Account of plague administration in the Bombay Presidency from September 1896 till May 1897
Year: 1896
Disease focus: Plague
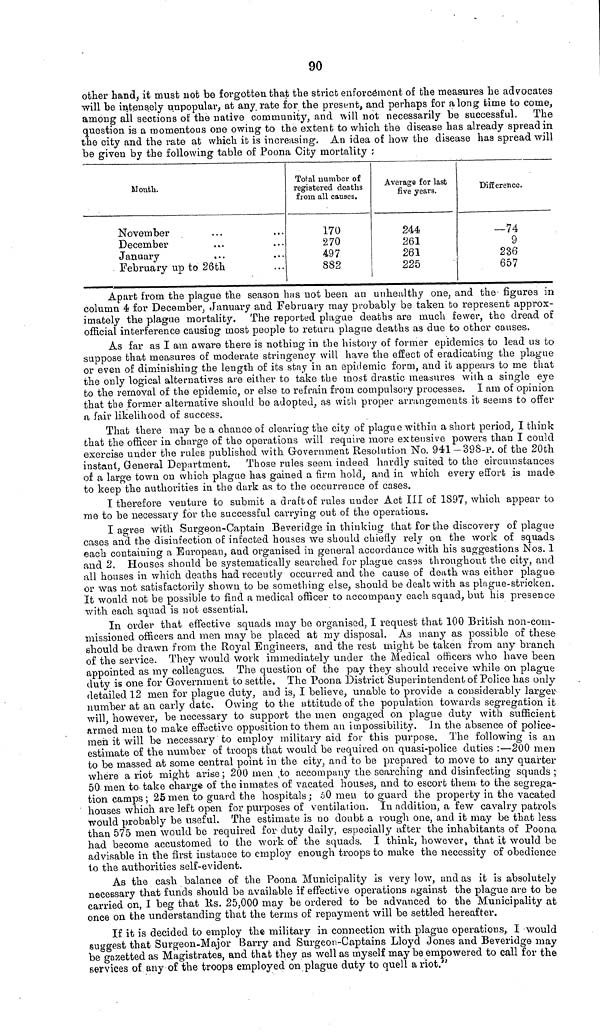
90
other hand, it must not be forgotten that the strict enforcement of the measures he advocates
will be intensely unpopular, at any rate for the present, and perhaps for a long time to come,
among all sections of the native community, and will not necessarily be successful. The
question is a momentous one owing to the extent to which the disease has already spread in
the city and the rate at which it is increasing. An idea of how the disease has spread will
be given by the following table of Poona City mortality ;
Month.
November
December
January
February up to 26th
Total number of
registered deaths
from all causes.
170
270
497
882
Average for last
five years.
244
261
261
225
Difference.
-74
9
236
657
Apart from the plague the season has not been an unhealthy one, and the- figures in
column 4 for December, January and February may probably be taken to represent approx-
imately the plague mortality. The reported plague deaths are much fewer, the dread of
official interference causing most people to return plague deaths as due to other causes.
As far as I am aware there is nothing in the history of former epidemics to lead us to
suppose that measures of moderate stringency will have the effect of eradicating the plague
or even of diminishing the length of its stay in an epidemic form, and it appears to me that
the only logical alternatives are either to take the most drastic measures with a single eye
to the removal of the epidemic, or else to refrain from compulsory processes. I am of opinion
that the former alternative should be adopted, as with proper arrangements it seems to offer
a fair likelihood of success.
That there may be a chance of clearing the city of plague within a short period, I think
that the officer in charge of the operations will require more extensive powers than I could
exercise under the rules published with Government Resolution No. 941 —398-p. of the 20th
instant, General Department. Those rules seem indeed hardly suited to the circumstances
of a large town on which plague has gained a firm hold, and in which every effort is made
to keep the authorities in the dark as to the occurrence of cases.
I therefore venture to submit a draft of rules under Act III of 1897, which appear to
rae to be necessary for the successful carrying out of the operations.
I agree with Surgeon-Captain Beveridge in thinking that for the discovery of plague
cases and the disinfection of infected houses we should chiefly rely on the work of squads
each containing a European, and organised in general accordance with his suggestions Nos. 1
and 2. Houses should be systematically searched for plague cases throughout the city, and
all houses in which deaths had recently occurred and the cause of death was either plague
or was not satisfactorily shown to be something else, should be dealt with as plague-stricken.
It would not be possible to find a medical officer to accompany each squad, but his presence
with each squad is not essential.
In order that effective squads may be organised, I request that 100 British non-com-
missioned officers and men may be placed at my disposal. As many as possible of these
should be drawn from the Royal Engineers, and the rest might be taken from any branch
of the service. They would work immediately under the Medical officers who have been
appointed as my colleagues. The question of the pay they should receive while on plague
duty is one for Government to settle. The Poona District Superin tendent of Police has only
detailed 12 men for plague duty, and is, I believe, unable to provide a considerably larger
number at an early date. Owing to the attitude of the population towards segregation it
will, however, be necessary to support the men engaged on plague duty with sufficient
armed men to make effective opposition to them an impossibility. In the absence of police-
men it will be necessary to employ military aid for this purpose. The following is an
estimate of the number of troops that would be required ou quasi-police duties :—200 men
to be massed at some central point in the city, and to be prepared to move to any quarter
where a riot might arise ; 200 men to accompany the searching and disinfecting squads ;
50 men to take charge of the inmates of vacated houses, and to escort them to the segrega-
tion camps ; 25 men to guard the hospitals; 50 men to guard the property in the vacated
houses which are left open for purposes of ventilation. In addition, a few cavalry patrols
would probably be useful. The estimate is no doubt a rough one, and it may be that less
than 575 men would be required for duty daily, especially after the inhabitants of Poona
had become accustomed to the work of the squads. I think, however, that it would be
advisable in the first instance to employ enough troops to make the necessity of obedience
to the authorities self-evident.
As the cash balance of the Poona Municipality is very low, and as it is absolutely
necessary that funds should be available if effective operations against the plague are to be
carried on, I beg that Rs. 25,000 may be ordered to be advanced to the Municipality at
once on the understanding that the terms of repayment will be settled hereafter.
If it is decided to employ the military in connection with plague operations, I would
suggest that Surgeon-Major Barry and Surgeon-Captains Lloyd Jones and Beveridge may
be gazetted as Magistrates, and that they as well as myself may be empowered to call for the
services of any of the troops employed on plague duty to quell a riot."